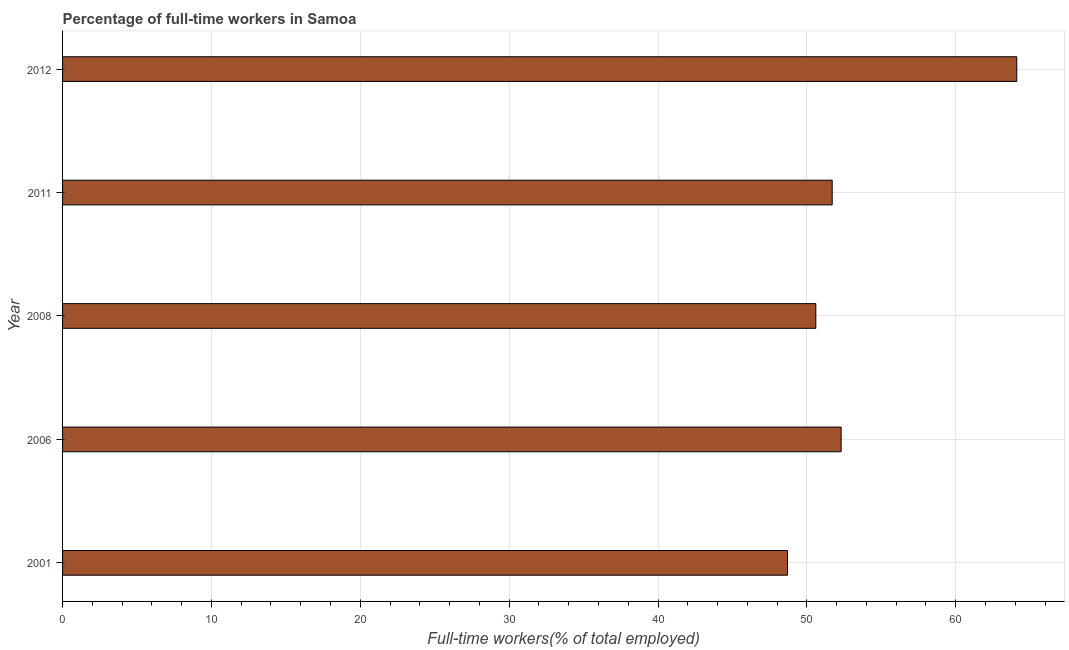
| Year | Wage and salaried workers |
 | --- | --- |
 | 2001 | 48.7 |
 | 2006 | 52.3 |
 | 2008 | 50.6 |
 | 2011 | 51.7 |
 | 2012 | 64.1 |